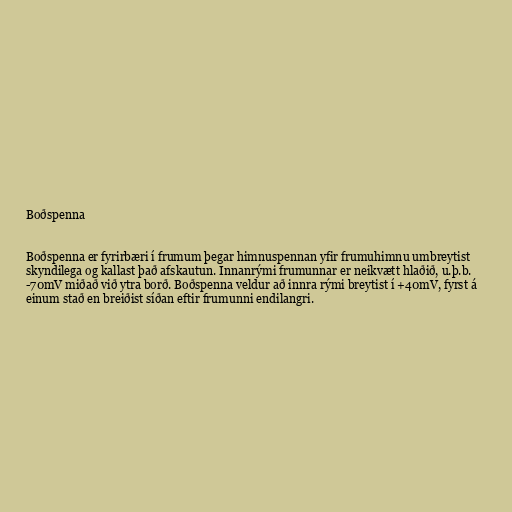
Boðspenna

Boðspenna er fyrirbæri í frumum þegar himnuspennan yfir frumuhimnu umbreytist
skyndilega og kallast það afskautun. Innanrými frumunnar er neikvætt hlaðið, u.þ.b.
-70mV miðað við ytra borð. Boðspenna veldur að innra rými breytist í +40mV, fyrst á
einum stað en breiðist síðan eftir frumunni endilangri.